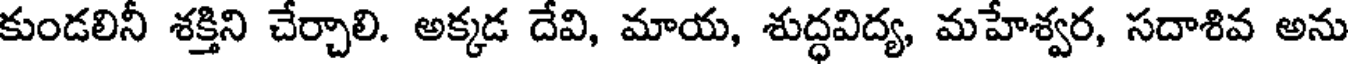
కుండలినీ శక్తిని చేర్చాలి. అక్కడ దేవి, మాయ, శుద్ధవిద్య, మహేశ్వర, సదాశివ అను